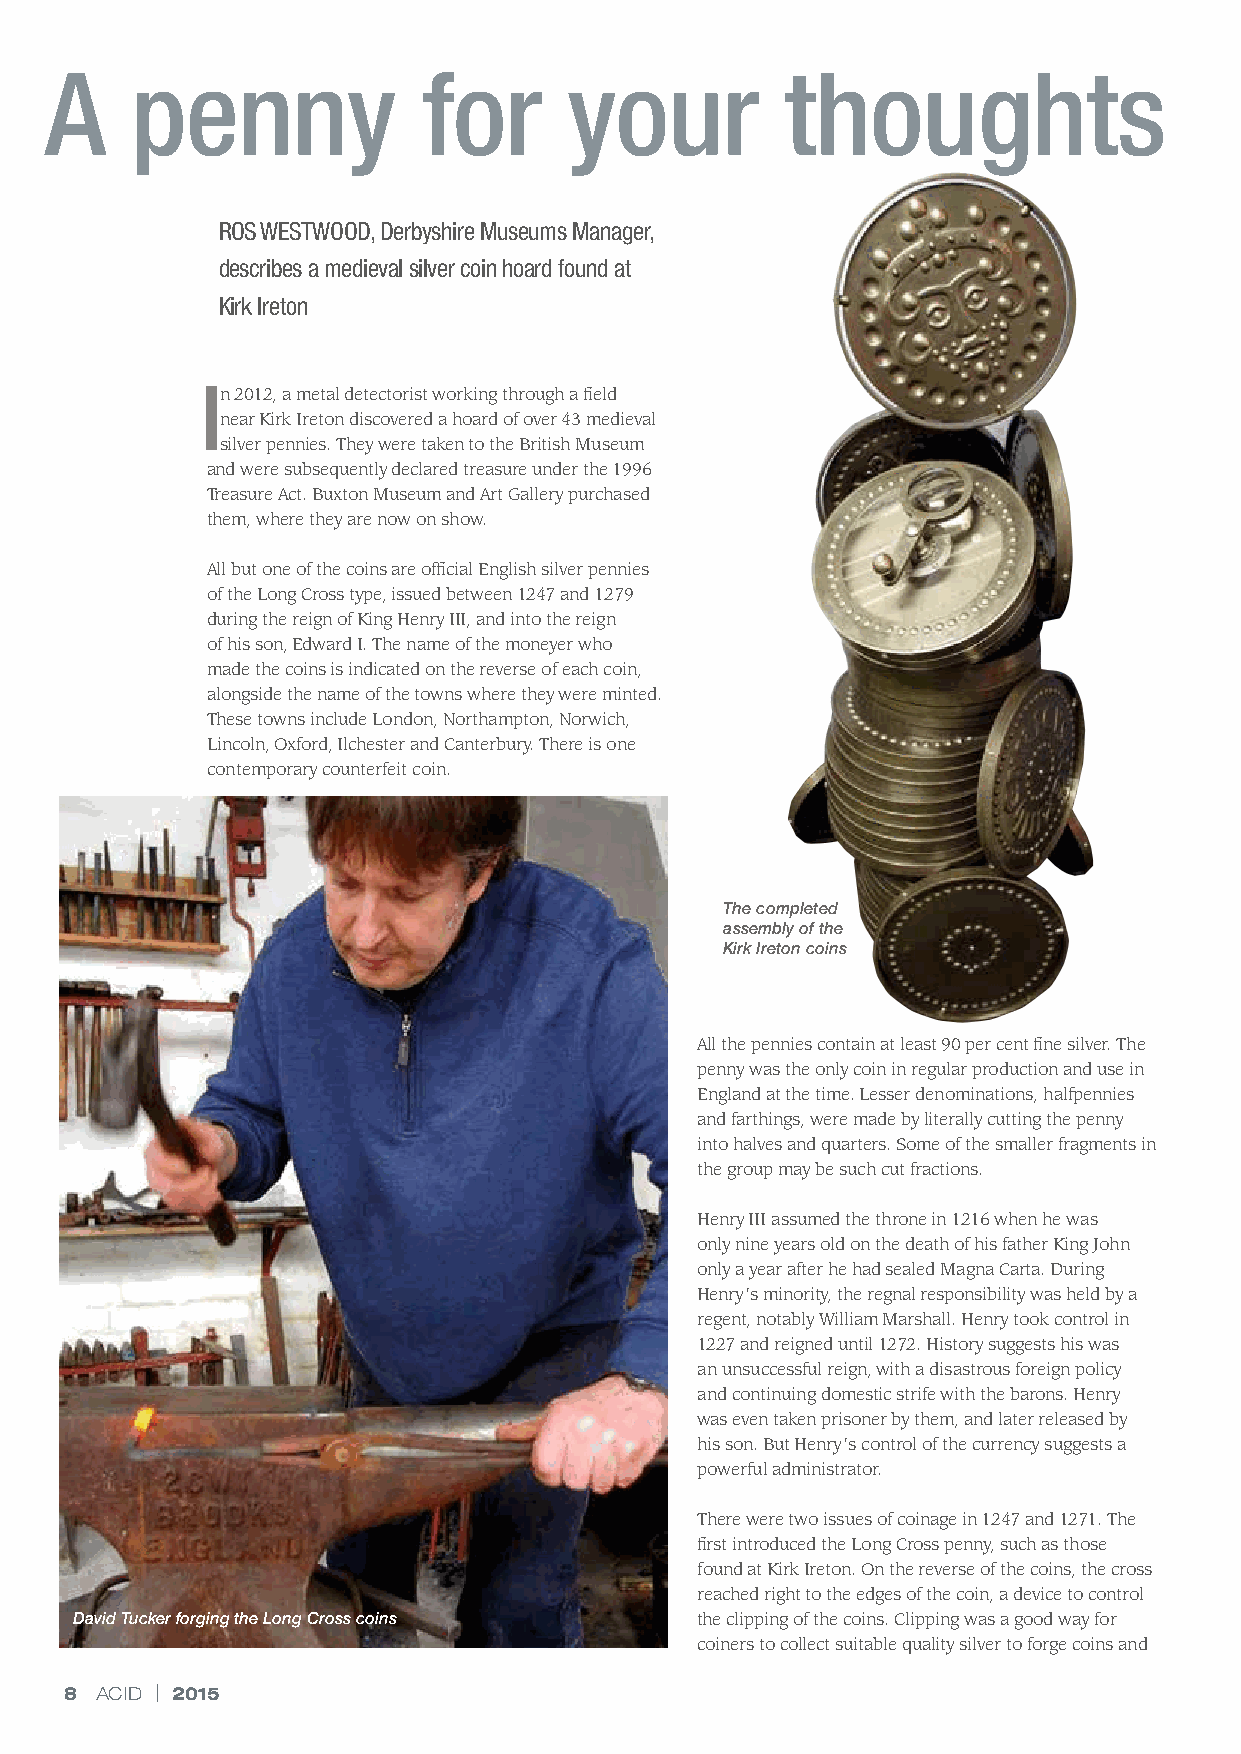
A     penny              for       your          thoughts
 ROS WESTWOOD, Derbyshire Museums Manager,
 describes a medieval silver coin hoard found at
 Kirk Ireton
 In 2012, a metal detectorist working through a field
 near Kirk Ireton discovered a hoard of over 43 medieval
 silver pennies. They were taken to the British Museum
 and were subsequently declared treasure under the 1996
 Treasure Act. Buxton Museum and Art Gallery purchased
 them, where they are now on show.
 All but one of the coins are official English silver pennies
 of the Long Cross type, issued between 1247 and 1279
 during the reign of King Henry III, and into the reign
 of his son, Edward I. The name of the moneyer who
 made the coins is indicated on the reverse of each coin,
 alongside the name of the towns where they were minted.
 These towns include London, Northampton, Norwich,
 Lincoln, Oxford, Ilchester and Canterbury. There is one
 contemporary counterfeit coin.
 The completed
 assembly of the
 Kirk Ireton coins
 All the pennies contain at least 90 per cent fine silver. The
 penny was the only coin in regular production and use in
 England at the time. Lesser denominations, halfpennies
 and farthings, were made by literally cutting the penny
 into halves and quarters. Some of the smaller fragments in
 the group may be such cut fractions.
 Henry III assumed the throne in 1216 when he was
 only nine years old on the death of his father King John
 only a year after he had sealed Magna Carta. During
 Henry’s minority, the regnal responsibility was held by a
 regent, notably William Marshall. Henry took control in
 1227 and reigned until 1272. History suggests his was
 an unsuccessful reign, with a disastrous foreign policy
 and continuing domestic strife with the barons. Henry
 was even taken prisoner by them, and later released by
 his son. But Henry’s control of the currency suggests a
 powerful administrator.
 There were two issues of coinage in 1247 and 1271. The
 first introduced the Long Cross penny, such as those
 found at Kirk Ireton. On the reverse of the coins, the cross
 reached right to the edges of the coin, a device to control
 David Tucker forging the Long Cross coins the clipping of the coins. Clipping was a good way for
 coiners to collect suitable quality silver to forge coins and
 8 ACID | 2015